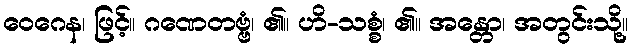
ဝေဂေန၊ ဖြင့်။ ဂဏေတဗ္ဗံ၊ ၏။ ဟိ-သစ္စံ၊ ၏။ အန္တော၊ အတွင်းသို့။